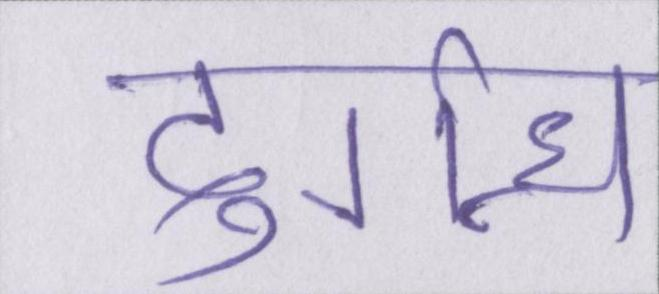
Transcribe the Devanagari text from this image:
दुर्गन्ध